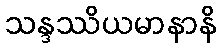
သန္ဒဿိယမာနာနိ